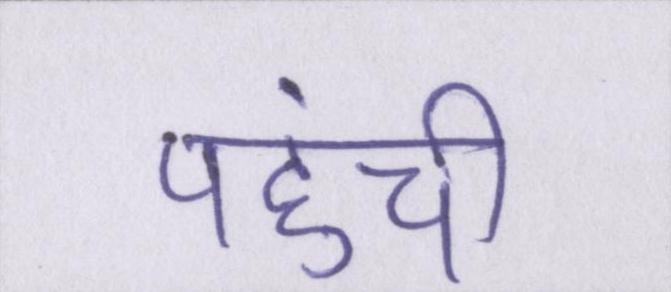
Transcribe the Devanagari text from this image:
पहुंची